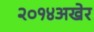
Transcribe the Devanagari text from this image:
२०१४अखेर